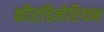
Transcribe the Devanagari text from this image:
कौरडिलेरियन